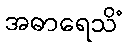
အဓာရေသိံ